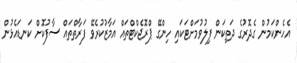
އެހެންކަމުން ގެދޮރުގެ ދަތިކަން ފިލުވުމަށްޓަކައި ހިންގޭ ޕްރޮޖެކްޓްތައް އަމާޒުކުރެވޭ ފަރާތްތައް ސާފުކޮށް ކަނޑައެޅުން